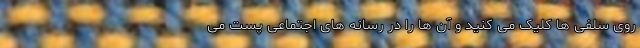
روی سلفی‌ ها کلیک می‌ کنید و آن ‌ها را در رسانه‌ های اجتماعی پست می‌